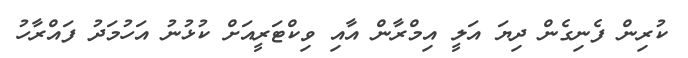
ކުރިން ފެނިގެން ދިޔަ އަލީ އިމްރާން އާއި ވިކްޓަރީއަށް ކުޅުނު އަހުމަދު ފައްރާހު